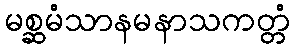
မစ္ဆမံသာနမနာသကတ္တံ